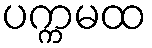
ပက္ကမထ